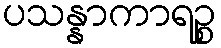
ပသန္နာကာရဉ္စ